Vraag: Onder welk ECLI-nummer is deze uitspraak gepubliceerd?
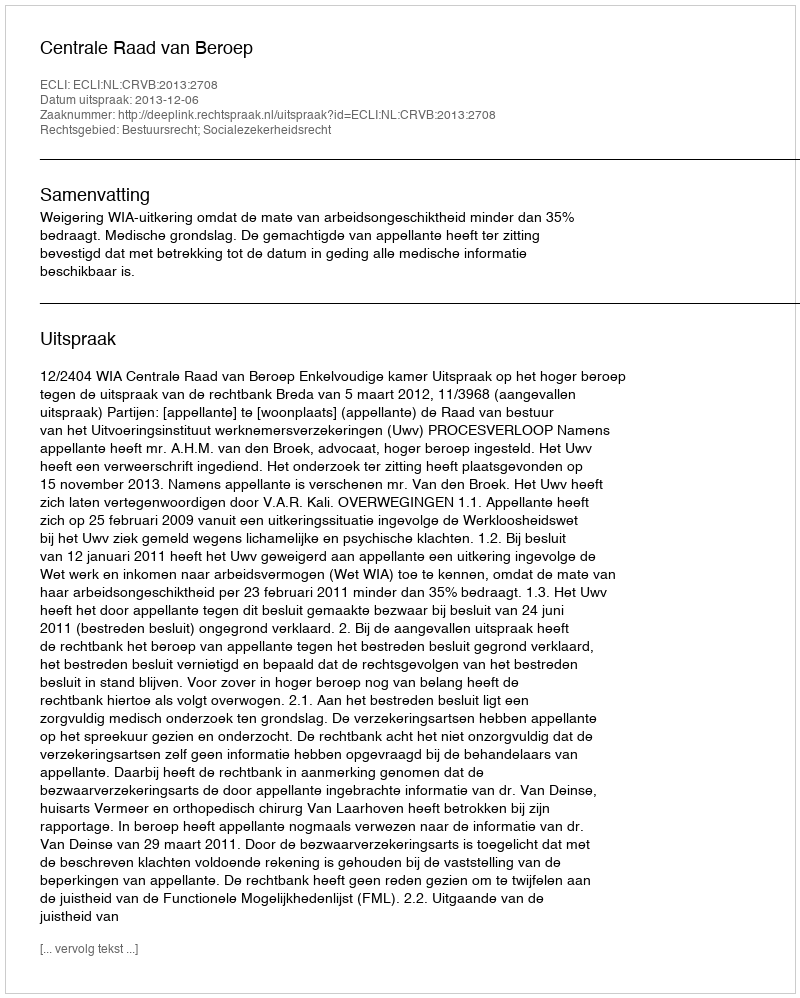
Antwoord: ECLI:NL:CRVB:2013:2708